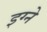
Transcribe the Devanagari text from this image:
इग्ने